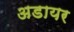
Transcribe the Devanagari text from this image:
अडायर